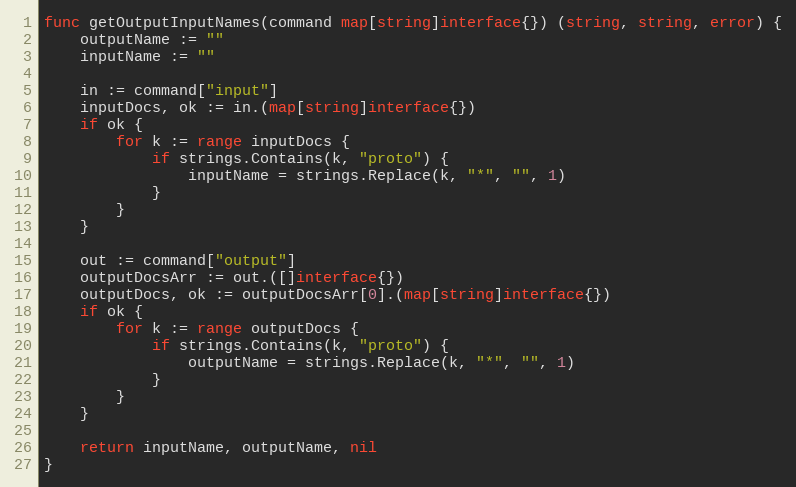
Language: Go
func getOutputInputNames(command map[string]interface{}) (string, string, error) {
	outputName := ""
	inputName := ""

	in := command["input"]
	inputDocs, ok := in.(map[string]interface{})
	if ok {
		for k := range inputDocs {
			if strings.Contains(k, "proto") {
				inputName = strings.Replace(k, "*", "", 1)
			}
		}
	}

	out := command["output"]
	outputDocsArr := out.([]interface{})
	outputDocs, ok := outputDocsArr[0].(map[string]interface{})
	if ok {
		for k := range outputDocs {
			if strings.Contains(k, "proto") {
				outputName = strings.Replace(k, "*", "", 1)
			}
		}
	}

	return inputName, outputName, nil
}